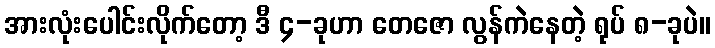
အားလုံးပေါင်းလိုက်တော့ ဒီ ၄-ခုဟာ တေဇော လွန်ကဲနေတဲ့ ရုပ် ၈-ခုပဲ။